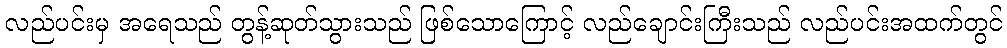
လည်ပင်းမှ အရေသည် တွန့်ဆုတ်သွားသည် ဖြစ်သောကြောင့် လည်ချောင်းကြီးသည် လည်ပင်းအထက်တွင်